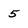
Character: 5